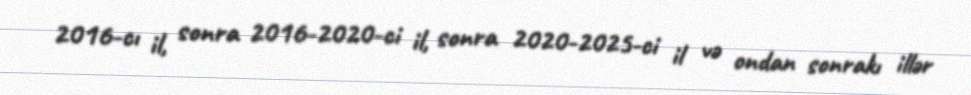
2016-cı il, sonra 2016-2020-ci il, sonra 2020-2025-ci il və ondan sonrakı illər